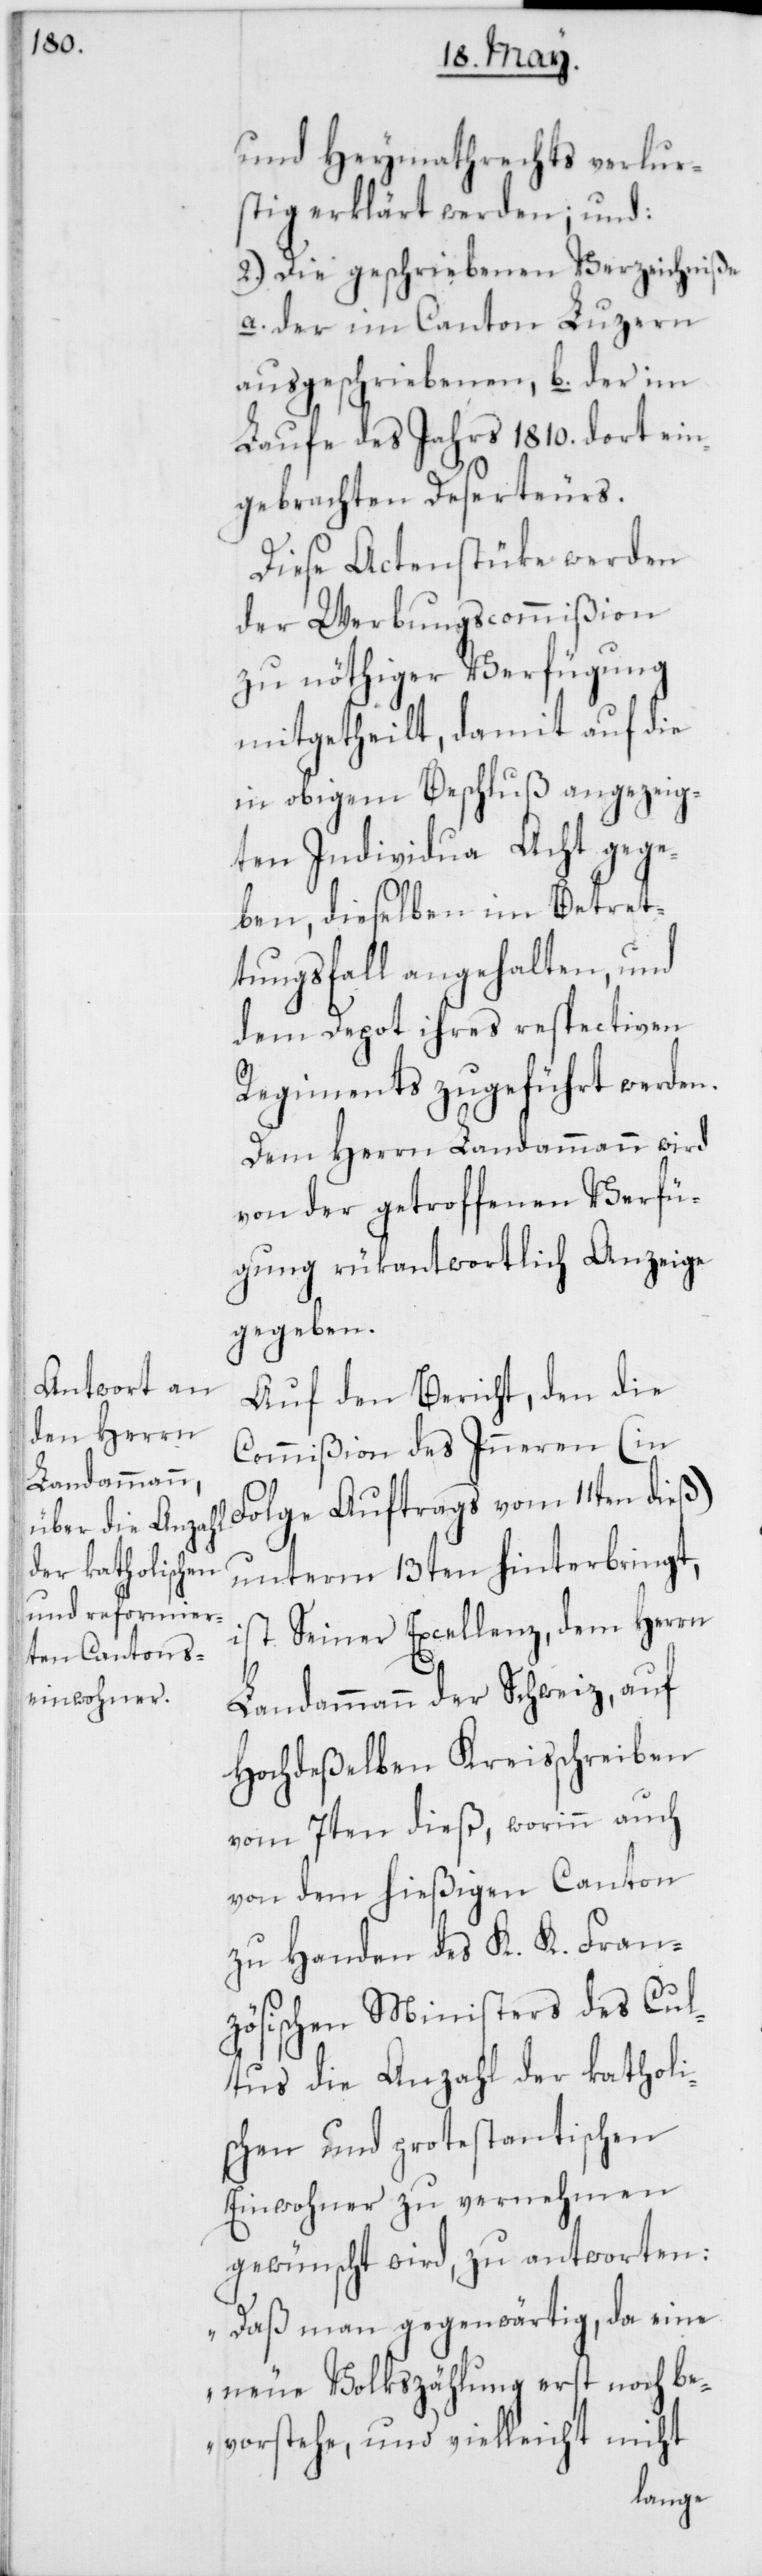
und Heymathrechts verlur¬
stig erklärt werden; und:
2.) Die geschriebenen Verzeichniße
a. der im Canton Luzern
ausgeschriebenen, b. der im
Laufe des Jahrs 1810. dort ein¬
gebrachten Deserteurs.
Diese Actenstüke werden
der Werbungscommißion
zu nöthiger Verfügung
mitgetheilt, damit auf die
in obigem Beschluß angezeig¬
ten Individua Acht gege¬
ben, dieselben im Betret¬
tungsfall angehalten, und
dem Depot ihres respectiven
Regiments zugeführt werden.
Dem Herrn Landammann wird
von der getroffenen Verfü¬
gung rükantwortlich Anzeige
gegeben.
Auf den Bericht, den die
Commißion des Inneren (in
Folge Auftrags vom 11ten dieß)
unterm 13ten hinterbringt,
ist Seiner Excellenz, dem Herrn
Landammann der Schweiz, auf
Hochdeßelben Kreisschreiben
vom 7ten dieß, worinn auch
von dem hießigen Canton
zu Handen des K. K. Fran¬
zösischen Ministers des Cul¬
tus die Anzahl der katholi¬
schen und protestantischen
Einwohner zu vernehmen
gewünscht wird, zu antworten:
„Daß man gegenwärtig, da eine
neue Volkszählung erst noch be¬
vorstehe, und vielleicht nicht